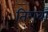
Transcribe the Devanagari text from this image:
तिगवां